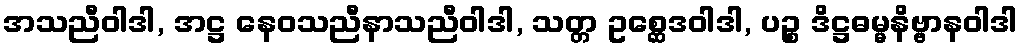
အသညီဝါဒါ, အဋ္ဌ နေဝသညီနာသညီဝါဒါ, သတ္တ ဥစ္ဆေဒဝါဒါ, ပဉ္စ ဒိဋ္ဌဓမ္မနိဗ္ဗာနဝါဒါ